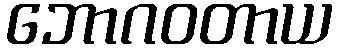
ဘောဂဝတာယ